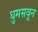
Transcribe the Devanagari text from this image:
धुमसवून